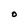
Character: O